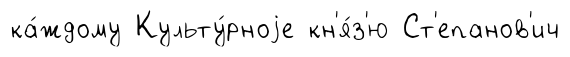
ка́ждому Культу́рноjе кн'я́з'ю Ст'епанов'ич